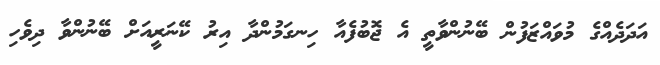
އަދަދެއްގެ މުވައްޒަފުން ބޭނުންވާތީ އެ ޖޮބުފެއާ ހިނގަމުންދާ އިރު ކޭނަރީއަށް ބޭނުންވާ ދިވެހި